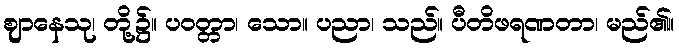
ဈာနေသု၊ တို့၌။ ပဝတ္တာ၊ သော။ ပညာ၊ သည်။ ပီတိဖရဏတာ၊ မည်၏။